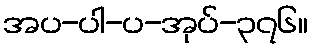
အပ-ပါ-ပ-အုပ်-၃၇၆။